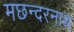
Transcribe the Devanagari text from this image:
मछन्दरनाथ